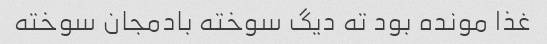
غذا مونده بود ته دیگ سوخته بادمجان سوخته